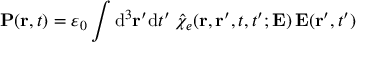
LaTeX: \mathbf { P } ( \mathbf { r } , t ) = \varepsilon _ { 0 } \int \mathrm { { d } } ^ { 3 } \mathbf { r } ^ { \prime } \mathrm { { d } } t ^ { \prime } \; { \hat { \chi } } _ { e } ( \mathbf { r } , \mathbf { r } ^ { \prime } , t , t ^ { \prime } ; \mathbf { E } ) \, \mathbf { E } ( \mathbf { r } ^ { \prime } , t ^ { \prime } )